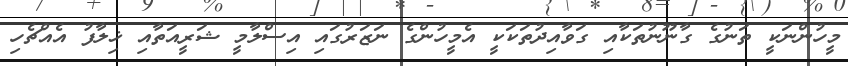
މީހުންނަކީ ތަނުގެ ގާނޫނުތަކާއި ގަވާއިދުތަކަކީ އެމީހުންގެ ނަޒަރުގައި އިސްލާމީ ޝަރީއަތާއި ޚިލާފު އެއްޗެހި